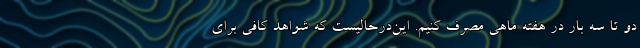
دو تا سه بار در هفته ماهی مصرف کنیم. این‌درحالیست که شواهد کافی برای